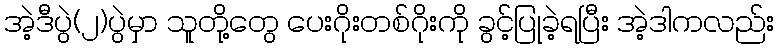
အဲ့ဒီပွဲ(၂)ပွဲမှာ သူတို့တွေ ပေးဂိုးတစ်ဂိုးကို ခွင့်ပြုခဲ့ရပြီး အဲ့ဒါကလည်း